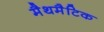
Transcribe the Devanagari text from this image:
मैथमैटिक